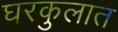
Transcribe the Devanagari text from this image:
घरकुलात